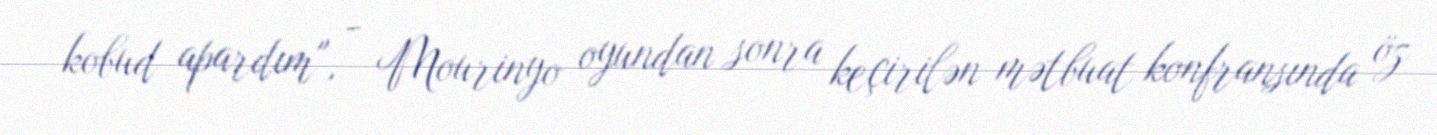
kobud apardım", - Mourinyo oyundan sonra keçirilən mətbuat konfransında öz